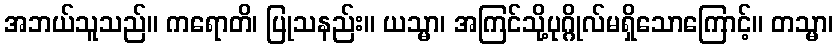
အဘယ်သူသည်။ ကရောတိ၊ ပြုသနည်း။ ယသ္မာ၊ အကြင်သို့ပုဂ္ဂိုလ်မရှိသောကြောင့်။ တသ္မာ၊